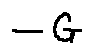
- G